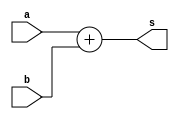
module adder 
#(
   parameter XLEN = 32
)

(
   a,
   b,
   s
);

input    [XLEN-1:0]  a; // first number input bus
input    [XLEN-1:0]  b; // second number input bus
output   [XLEN-1:0]  s; // sum of two numbers output bus

assign s = a + b;

endmodule